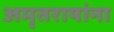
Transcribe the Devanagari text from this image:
अमृतरायांना